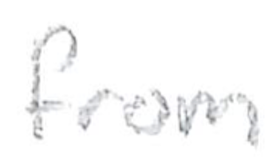
Text: from
Cross-out: clean
Writing tool: pencil